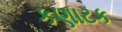
કણાટક